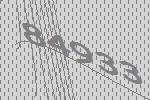
84933